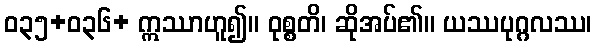
ဝ၃၅+၀၃၆+ ဣဿာဟူ၍။ ဝုစ္စတိ၊ ဆိုအပ်၏။ ယဿပုဂ္ဂလဿ၊